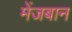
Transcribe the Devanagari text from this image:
मेंजबान